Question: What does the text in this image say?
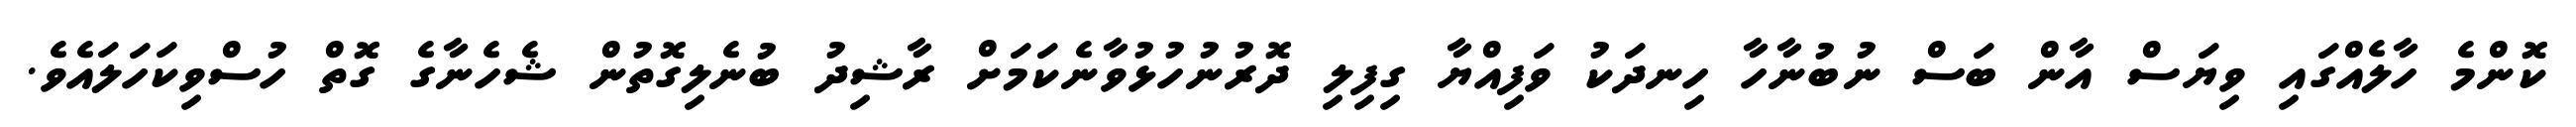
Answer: ކޮންމެ ހާލެއްގައި ވިޔަސް އާން ބަސް ނުބުނާހާ ހިނދަކު ވަފިއްޔާ ގިފިލި ދޮރުނުހުޅުވާނެކަމަށް ރާޝިދު ބުނެލިގޮތުން ޝެހެނާގެ ގޮތް ހުސްވިކަހަލައެވެ.